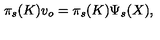
\pi _ { s } ( K ) v _ { o } = \pi _ { s } ( K ) \Psi _ { s } ( X ) ,